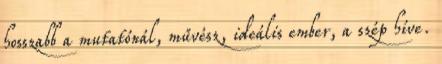
hosszabb a mutatónál, művész, ideális ember, a szép híve.